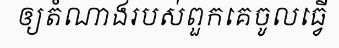
ឲ្យតំណាងរបស់ពួកគេចូលធ្វើ